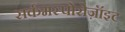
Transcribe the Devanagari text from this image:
सर्कमस्पोरोज़ॉइट